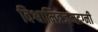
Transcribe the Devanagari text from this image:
विश्वामित्रजमदग्नी